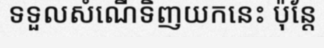
ទទួលសំណើទិញយកនេះ ប៉ុន្តែ